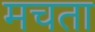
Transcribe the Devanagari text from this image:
मचता